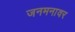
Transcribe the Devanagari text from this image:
जनमनावर